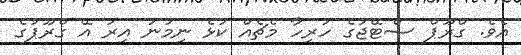
އެވެ. ގްރޫޕް ސްޓޭޖުގެ ހުރިހާ މެޗެއް ކުޅެ ނިމުނު އިރު އޭ ގްރޫޕުގެ